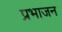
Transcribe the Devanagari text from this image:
प्रभाजन